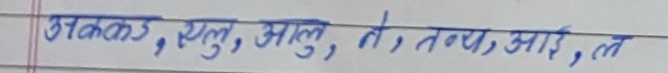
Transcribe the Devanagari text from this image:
अक्कड, एलु, आलु, ते, तन्य, आई, ल